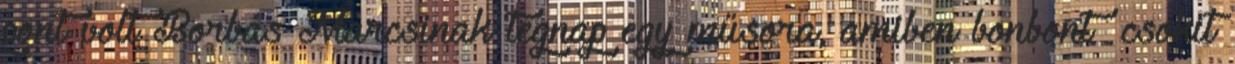
pont volt Borbás Marcsinak tegnap egy műsora, amiben bonbont csokit